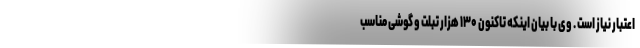
اعتبار نیاز است . وی با بیان اینکه تاکنون ۱۳۰ هزار تبلت و گوشی مناسب